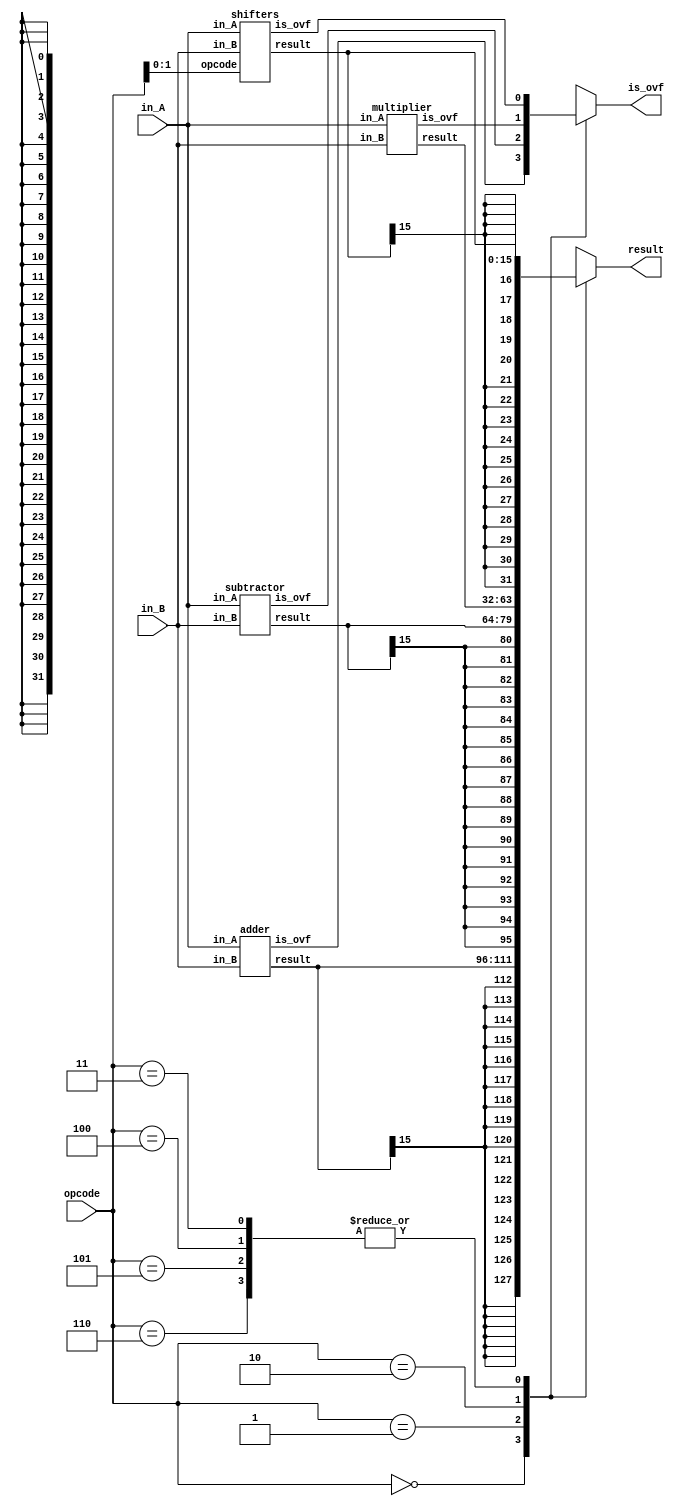
module simpleALU (
	input		signed	[15:0]	in_A, in_B,	//operand
	input 				[2:0] 	opcode,		//operator sel
	output	reg	signed	[31:0]	result,		//result
	output	reg					is_ovf		//overflow checker
);
	wire [15:0] res_add, res_sub, res_shi;
	wire [31:0] res_mul;
	wire		ovf_add, ovf_sub, ovf_mul, ovf_shi;

	always @(*) begin
		case (opcode)
			3'b000: begin
				result <= {{16{res_add[15]}}, res_add};
				is_ovf <= ovf_add;
			end
			3'b001: begin
				result <= {{16{res_sub[15]}}, res_sub};
				is_ovf <= ovf_sub;
			end
			3'b010: begin
				result <= res_mul;
				is_ovf <= ovf_mul;
			end
			3'b011, 3'b100, 3'b101, 3'b110: begin
				result <= {{16{res_shi[15]}}, res_shi};
				is_ovf <= ovf_shi;
			end
			default: begin
				result <= 32'bx;
				is_ovf <= 1'bx;
			end
		endcase
	end

	adder		adder1		(.in_A(in_A), .in_B(in_B), .result(res_add), .is_ovf(ovf_add));
	subtractor	subtractor1	(.in_A(in_A), .in_B(in_B), .result(res_sub), .is_ovf(ovf_sub));
	multiplier	multiplier1	(.in_A(in_A), .in_B(in_B), .result(res_mul), .is_ovf(ovf_mul));
	shifters	shifters1	(.in_A(in_A), .in_B(in_B), .opcode(opcode[1:0]), .result(res_shi), .is_ovf(ovf_shi));
endmodule

module adder (
	input  signed	[15:0]	in_A, in_B,	//operand
	output signed	[15:0]	result,		//result
	output 					is_ovf		//overflow checker
);
	assign result = in_A + in_B;
	//overflow check; 2   
	assign is_ovf = (~in_A[15] & ~in_B[15] & result[15]) | (in_A[15] & in_B[15] & ~result[15]);
endmodule

module subtractor (
	input  signed	[15:0]	in_A, in_B,	//operand
	output signed	[15:0]	result,		//result
	output 					is_ovf		//overflow checker
);
	assign result = in_A - in_B;
	//overflow check; 2   
	assign is_ovf = (in_A[15] & ~in_B[15] & ~result[15]) | (~in_A[15] & in_B[15] & result[15]);
endmodule

module multiplier (
	input  signed	[15:0]	in_A, in_B,	//operand
	output signed	[31:0]	result,		//result
	output 					is_ovf		//overflow checker
);
	assign result = in_A * in_B;
	assign is_ovf = 0;
endmodule

module shifters (
	input	signed	[15:0]	in_A,
	input			[15:0]	in_B,		//operand
	input 			[1:0] 	opcode,		//operator sel
	output	signed	[15:0]	result,		//result
	output					is_ovf		//overflow checker
);
	assign is_ovf = 0;
	assign result = (opcode == 2'b11) ? in_A << in_B :	//logical shift left
					(opcode == 2'b00) ? in_A >> in_B :	//logical shift right
					(opcode == 2'b01) ? in_A <<< in_B :	//arithmetic shift left
					(opcode == 2'b10) ? {{16{in_A[15]}}, in_A} >>> in_B :	//arithnetic shift right
					16'bx;
		
endmodule